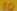
10